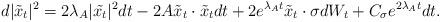
LaTeX: \begin{align*} d|\tilde{x}_t|^2 = 2\lambda_A |\tilde{x_t}|^2 dt - 2 A\tilde{x}_t \cdot \tilde{x}_t dt + 2 e^{\lambda_A t} \tilde{x}_t \cdot \sigma dW_t + C_\sigma e^{2\lambda_A t} dt.\end{align*}